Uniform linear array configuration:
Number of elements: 24
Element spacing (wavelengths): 0.75
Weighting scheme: blackman
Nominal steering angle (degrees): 45
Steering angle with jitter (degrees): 46.777
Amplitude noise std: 0.05
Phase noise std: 0.05

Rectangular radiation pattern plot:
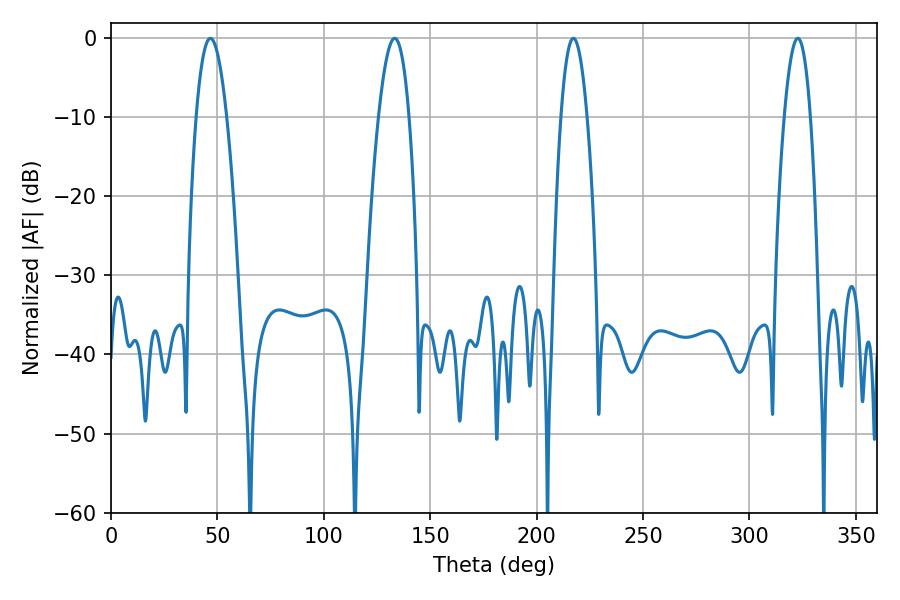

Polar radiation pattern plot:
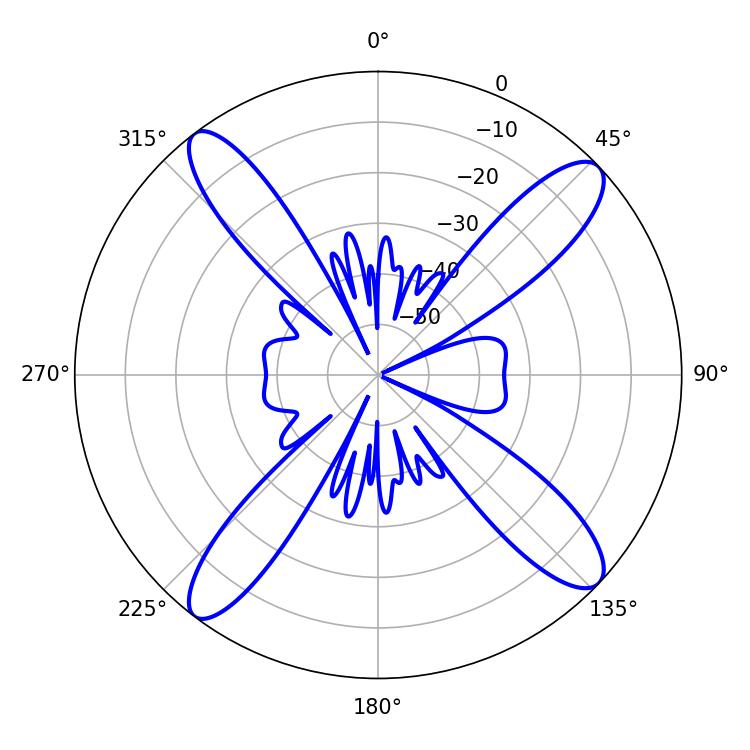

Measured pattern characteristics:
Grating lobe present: TRUE
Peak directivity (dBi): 15.094
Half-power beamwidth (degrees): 6.66
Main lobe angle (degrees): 217.26